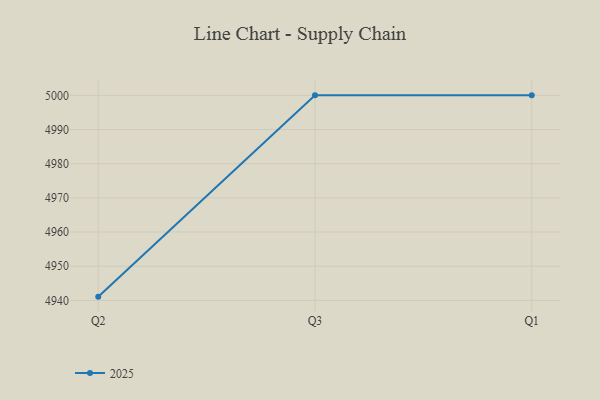
{"axis": {"x": "Quarter", "y": "Bounce Rate (%)"}, "legend": ["2025"], "data": [{"x": "Q2", "y": 4941.1, "type": "2025"}, {"x": "Q3", "y": 5000, "type": "2025"}, {"x": "Q1", "y": 5000, "type": "2025"}]}